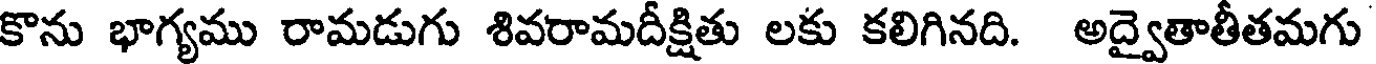
కొను భాగ్యము రామడుగు శివరామదీక్షితు లకు కలిగినది. అద్వైతాతీతమగు